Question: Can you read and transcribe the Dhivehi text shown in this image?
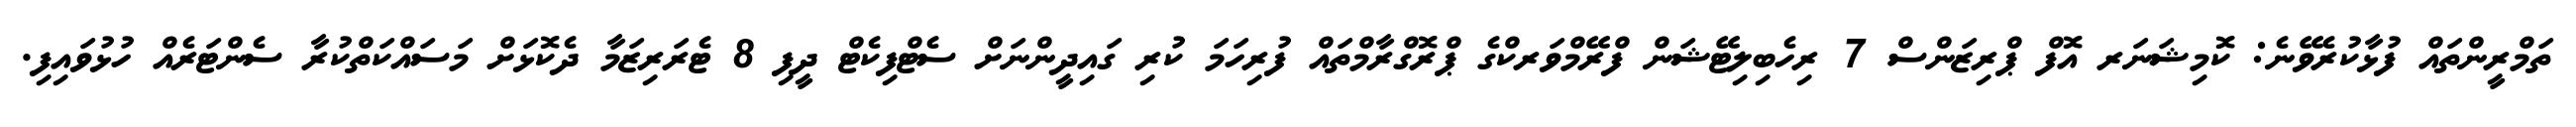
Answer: ތަމްރީންތައް ފުޅާކުރެވޭނެ: ކޮމިޝަނަރ އޮފް ޕްރިޒަންސް 7 ރިހެބިލިޓޭޝަން ފްރޭމްވަރކްގެ ޕްރޮގްރާމްތައް ފުރިހަމަ ކުރި ގައިދީންނަށް ސެޓްފިކެޓް ދީފި 8 ޓެރަރިޒަމާ ދެކޮޅަށް މަސައްކަތްކުރާ ސެންޓަރެއް ހުޅުވައިފި.